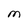
Character: M